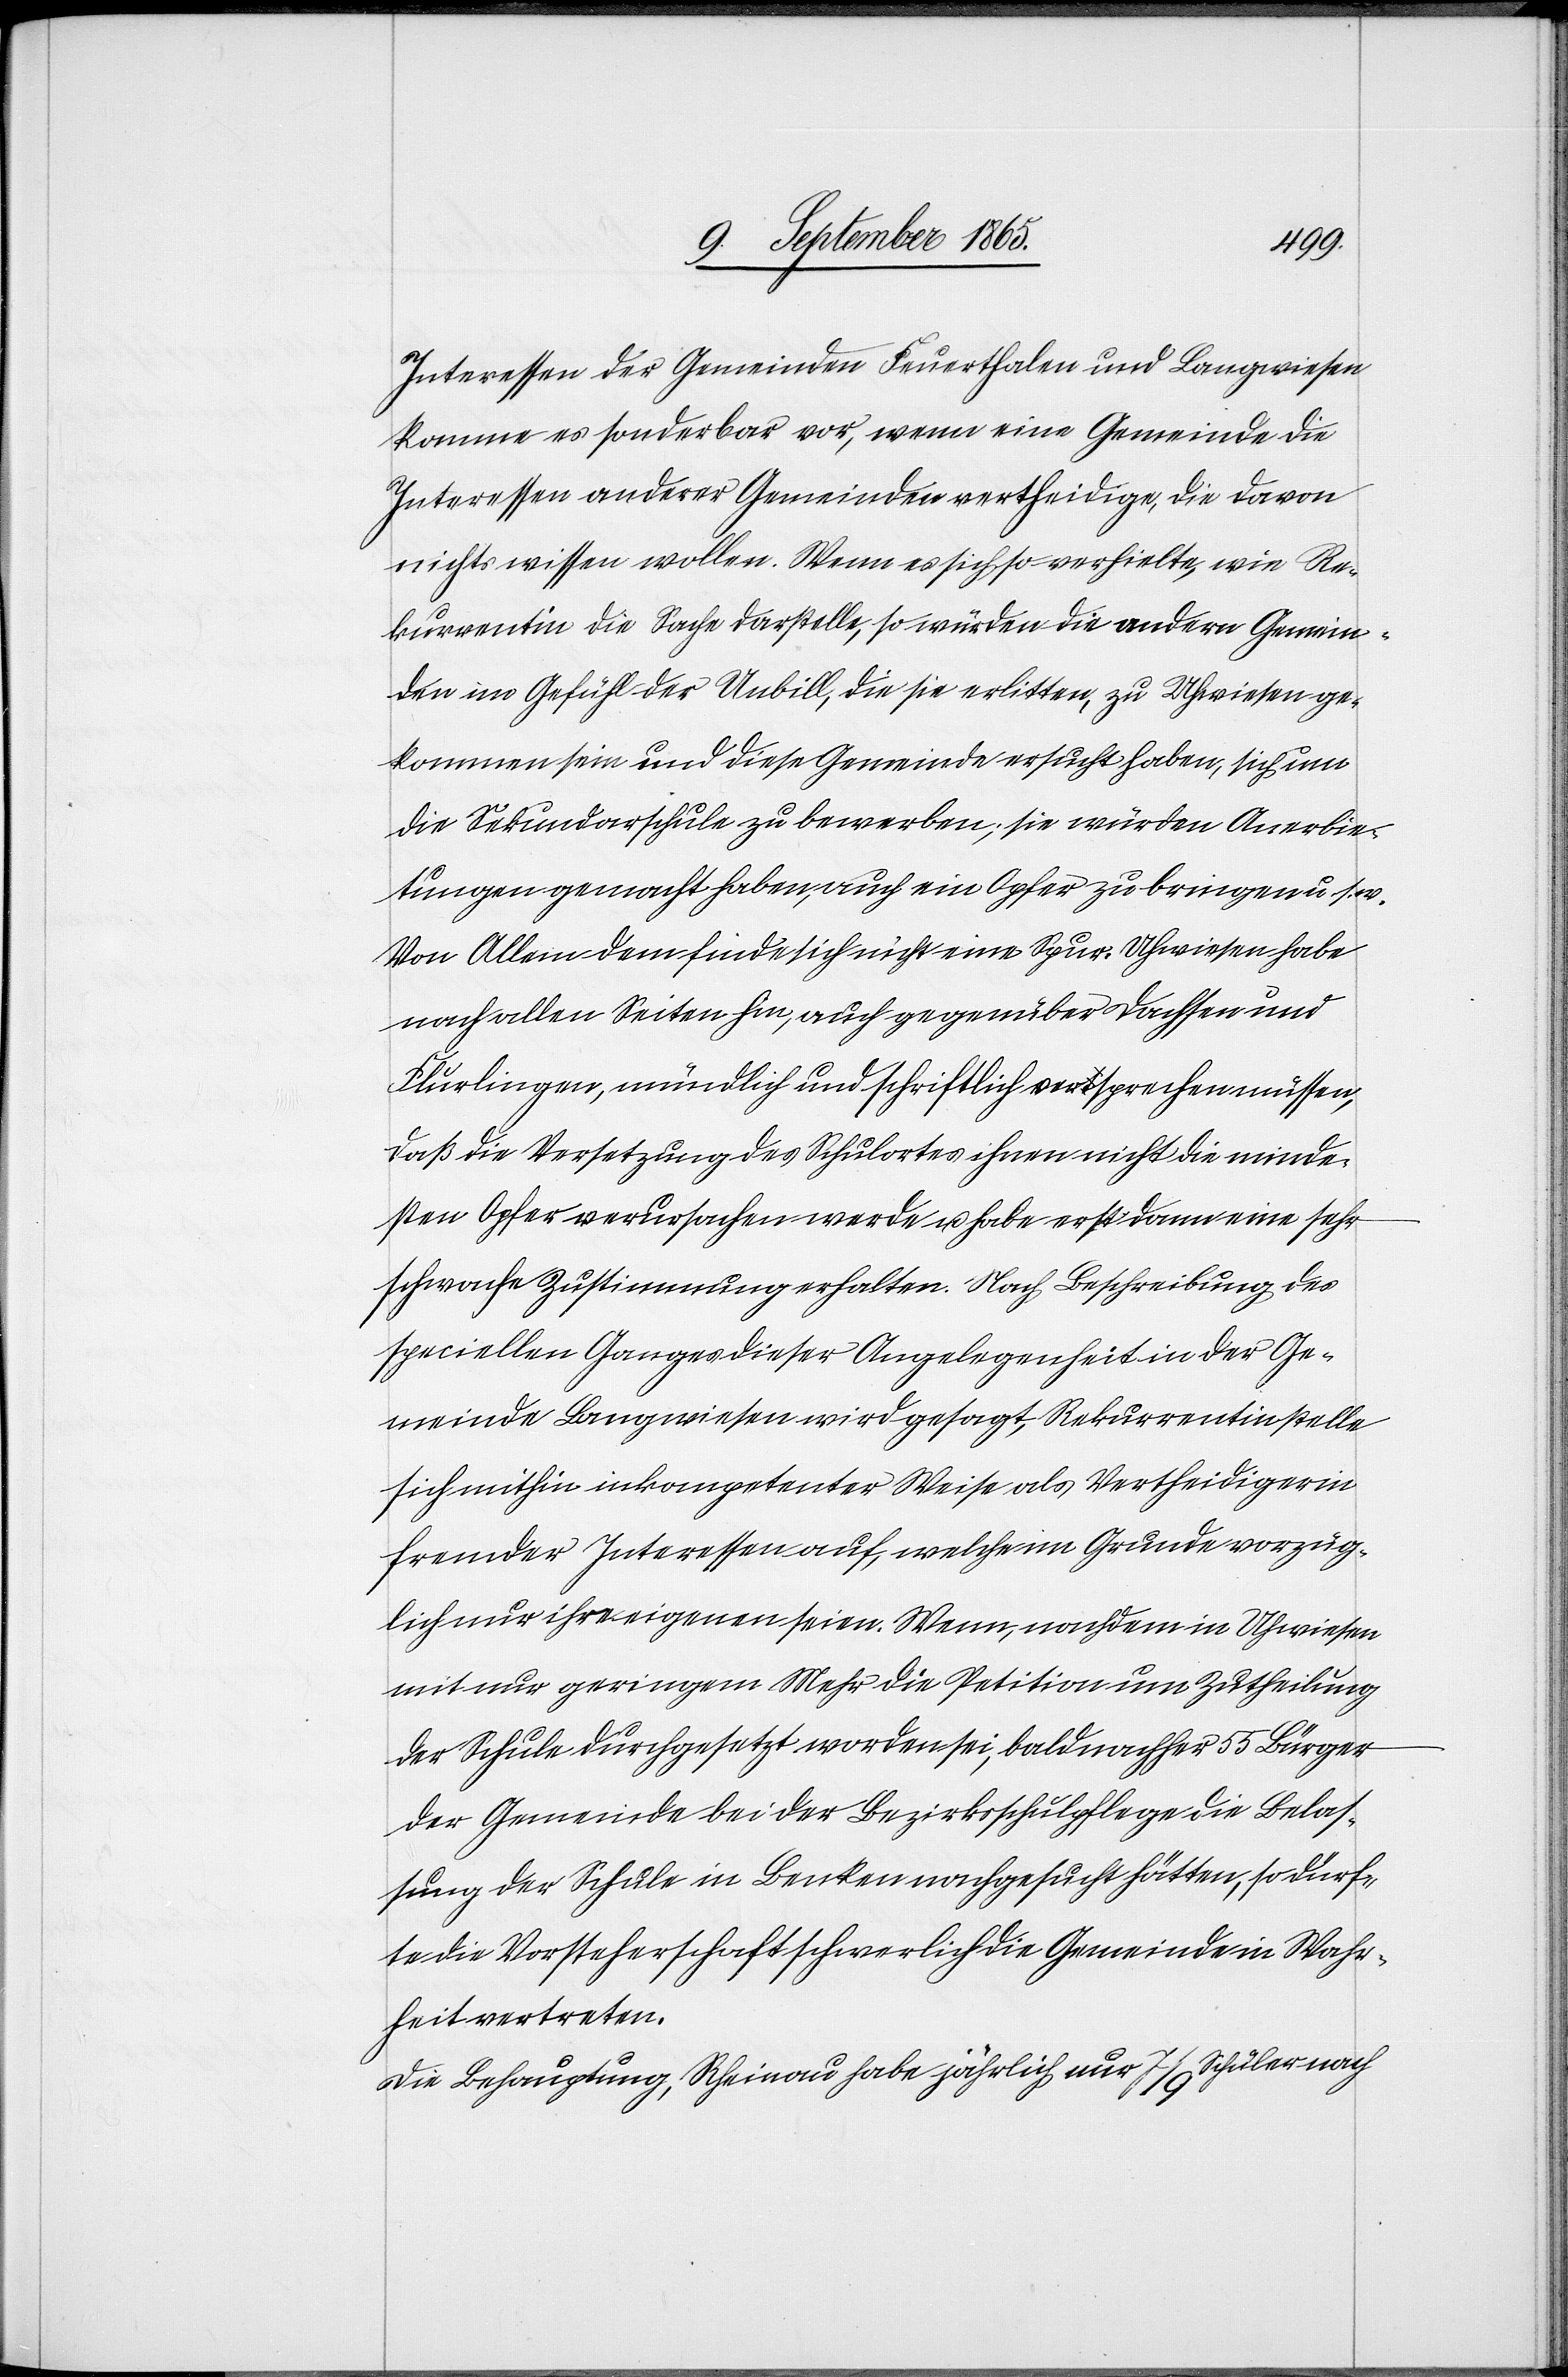
Interessen der Gemeinden Feuerthalen und Langwiesen
komme es sonderbar vor, wenn eine Gemeinde die
Interessen anderer Gemeinden vertheidige, die davon
nichts wissen wollen. Wenn es sich so verhielte, wie Re¬
kurrentin die Sache darstelle, so würden die andern Gemein¬
den im Gefühl der Unbill, die sie erlitten, zu Uhwiesen ge¬
kommen sein und diese Gemeinde ersucht haben, sich um
die Sekundarschule zu bewerben; sie würden Anerbie¬
tungen gemacht haben, auch ein Opfer zu bringen u. s. w.
Von Allem dem finde sich nicht eine Spur. Uhwiesen habe
nach allen Seiten hin, auch gegenüber Dachsen und
Flurlingen, mündlich und schriftlich versprechen müssen,
daß die Versetzung des Schulortes ihnen nicht die minde¬
sten Opfer verursachen werde u. habe erst dann eine sehr
schwache Zustimmung erhalten. Nach Beschreibung des
speciellen Ganges dieser Angelegenheit in der Ge¬
meinde Langwiesen wird gesagt, Rekurrentin stelle
sich mithin inkompetenter Weise als Vertheidigerin
fremder Interessen auf, welche im Grunde vorzüg¬
lich nur ihre eigenen seien. Wenn, nachdem in Uhwiesen
mit nur geringem Mehr die Petition um Zutheilung
der Schule durchgesetzt worden sei, bald nachher 55 Bürger
der Gemeinde bei der Bezirksschulpflege die Belas¬
sung der Schule in Benken nachgesucht hätten, so dürf¬
te die Vorsteherschaft schwerlich die Gemeinde in Wahr¬
heit vertreten.
Die Behauptung, Rheinau habe jährlich nur 7/9 Schüler nach